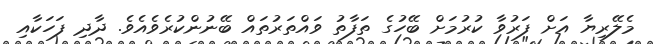
މެލޭރިޔާ އަށް ފަރުވާ ކުރުމަށް ބޭހުގެ ތަފާތު ވައްތަރުތައް ބޭނުންކުރެވެއެވެ. ދާދި ފަހަކާއި